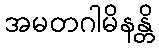
အမတဂါမိနန္တိ